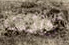
كانت